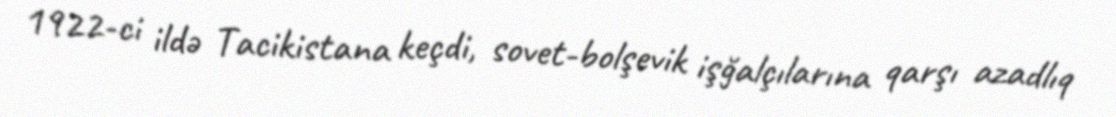
1922-ci ildə Tacikistana keçdi, sovet-bolşevik işğalçılarına qarşı azadlıq